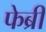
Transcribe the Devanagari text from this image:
फेब्री